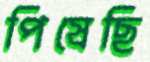
পিষেছি